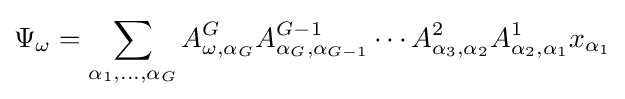
\Psi _{\omega }=\sum _{\alpha _{1},\ldots ,\alpha _{G}}A_{\omega ,\alpha _{G}}^{G}A_{\alpha _{G},\alpha _{G-1}}^{G-1}\dotsb A_{\alpha _{3},\alpha _{2}}^{2}A_{\alpha _{2},\alpha _{1}}^{1}x_{\alpha _{1}}